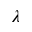
\lambda